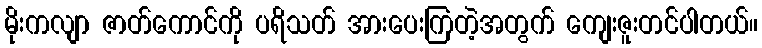
မိုးကလျာ ဇာတ်ကောင်ကို ပရိသတ် အားပေးကြတဲ့အတွက် ကျေးဇူးတင်ပါတယ်။